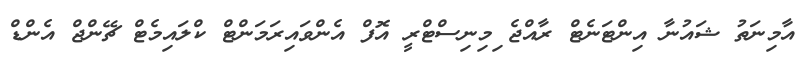
އާމިނަތު ޝައުނާ އިންޓަނެޓް ރާއްޖެ ިމިނިސްޓްރީ އޮފް އެންވައިރަމަންޓް ކްލައިމެޓް ޗޭންޖް އެންޑް